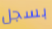
بسجل